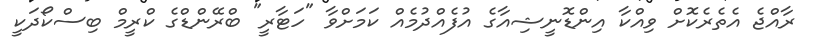
ރާއްޖެ އެތެރެކޮށް ވިއްކާ އިންޑޮނީޝިއާގެ އުފެއްދުމެއް ކަމަށްވާ "ހަޓާރީ" ބްރޭންޑްގެ ކްރީމް ބިސްކޯދަކީ